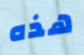
هذه